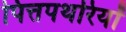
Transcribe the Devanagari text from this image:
पित्तपथरियों